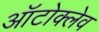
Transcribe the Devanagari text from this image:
ऑटोक्‍लेव